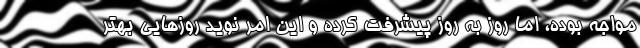
مواجه بوده، اما روز به روز پیشرفت کرده و این امر نوید روزهایی بهتر